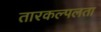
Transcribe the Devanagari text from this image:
तारकल्पलता